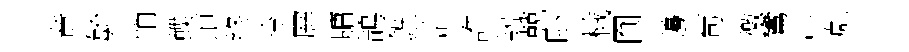
竟毓悄蝶道终玲屛牗鵲錐沽誰韧兢卧械圎籩苟徼鸞江彪